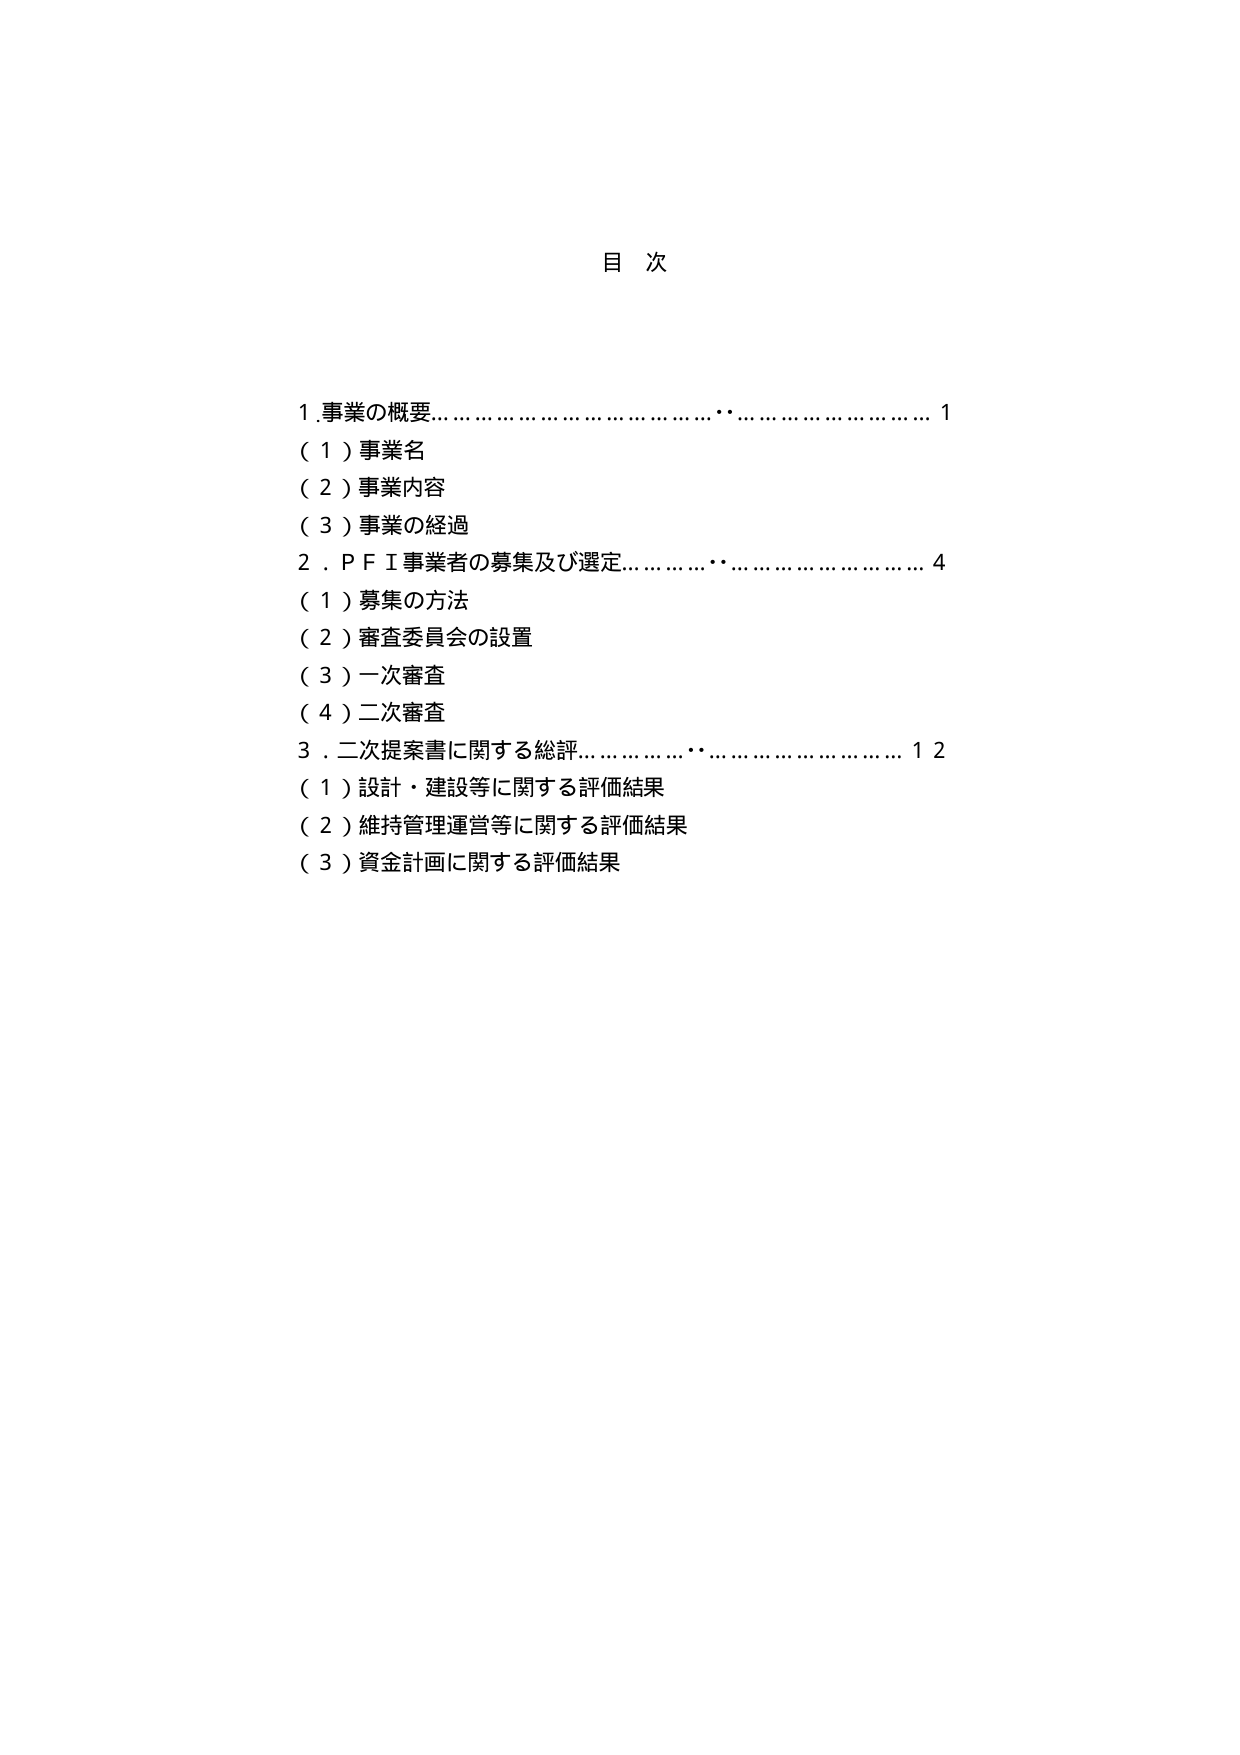
目 次

1. 事業の概要………………………………………………… 1
（1）事業名
（2）事業内容
（3）事業の経過
2. PFI事業者の募集及び選定………………………………… 4
（1）募集の方法
（2）審査委員会の設置
（3）一次審査
（4）二次審査
3. 二次提案書に関する総評………………………………… 12
（1）設計・建設等に関する評価結果
（2）維持管理運営等に関する評価結果
（3）資金計画に関する評価結果